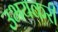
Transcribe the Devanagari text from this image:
उभयकरी